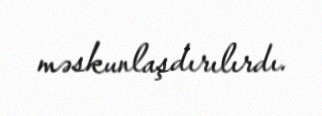
məskunlaşdırılırdı.